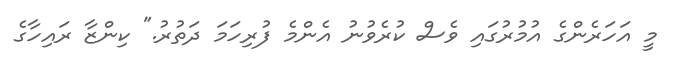
މީ އަހަރެންގެ އުމުރުގައި ވެސް ކުރެވުނު އެންމެ ފުރިހަމަ ދަތުރު." ކިންޒާ ރައިހާގެ